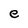
Character: e